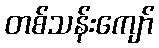
တစ်သန်းကျော်